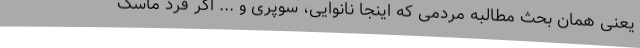
یعنی همان بحث مطالبه مردمی که اینجا نانوایی، سوپری و ... اگر فرد ماسک